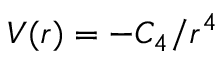
V ( r ) = - C _ { 4 } / r ^ { 4 }